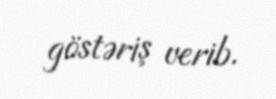
göstəriş verib.